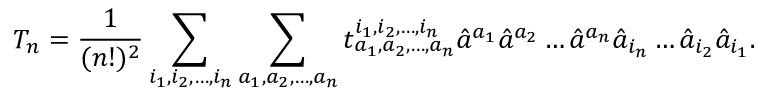
T _ { n } = { \frac { 1 } { ( n ! ) ^ { 2 } } } \sum _ { i _ { 1 } , i _ { 2 } , \ldots , i _ { n } } \sum _ { a _ { 1 } , a _ { 2 } , \ldots , a _ { n } } t _ { a _ { 1 } , a _ { 2 } , \ldots , a _ { n } } ^ { i _ { 1 } , i _ { 2 } , \ldots , i _ { n } } { \hat { a } } ^ { a _ { 1 } } { \hat { a } } ^ { a _ { 2 } } \ldots { \hat { a } } ^ { a _ { n } } { \hat { a } } _ { i _ { n } } \ldots { \hat { a } } _ { i _ { 2 } } { \hat { a } } _ { i _ { 1 } } .